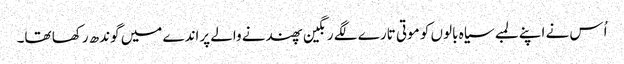
اُس نے اپنے لمبے سیاہ بالوں کو موتی تارے لگے رنگین پھندنے والے پراندے میں گوندھ رکھا تھا۔